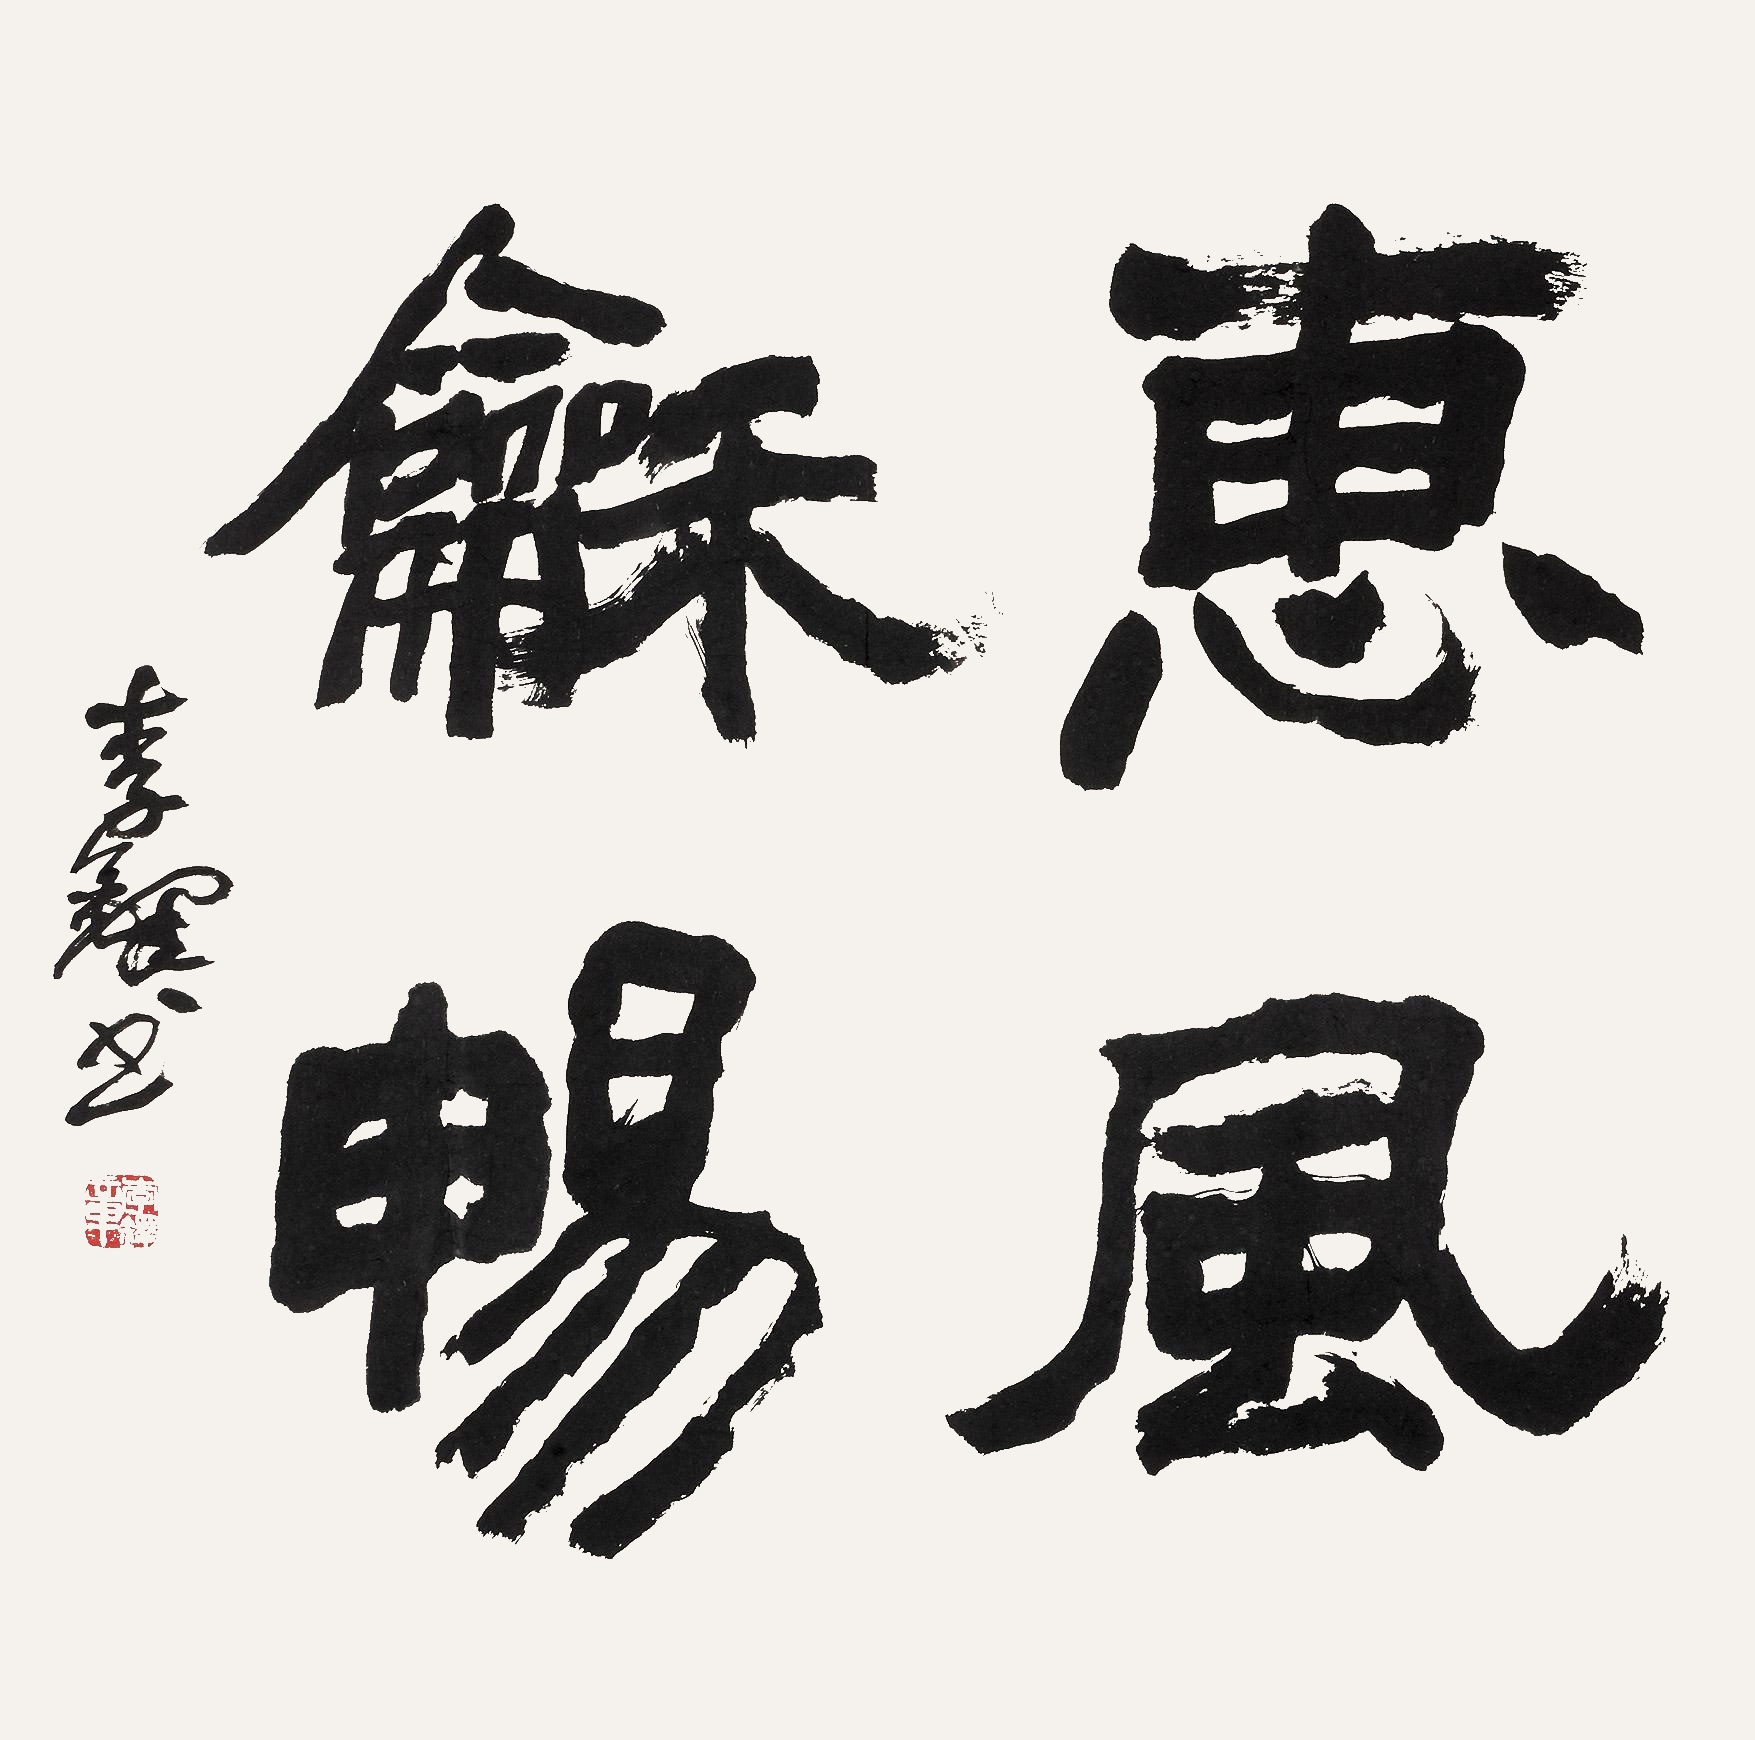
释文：惠风和畅李铎书。